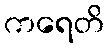
ကရေတိ